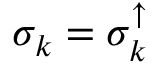
\sigma _ { k } = \sigma _ { k } ^ { \uparrow }